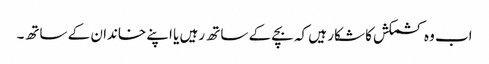
اب وہ کشمکش کا شکار ہیں کہ بچے کے ساتھ رہیں یا اپنے خاندان کے ساتھ۔